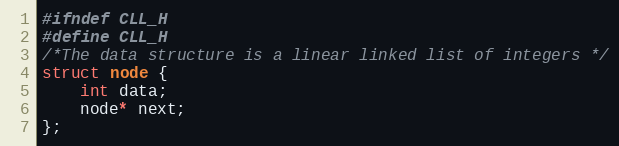
Language: C
#ifndef CLL_H
#define CLL_H
/*The data structure is a linear linked list of integers */
struct node {
    int data;
    node* next;
};